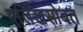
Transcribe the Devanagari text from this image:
एर्लिखसोबत